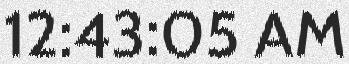
12:43:05 AM